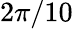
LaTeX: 2\pi/10